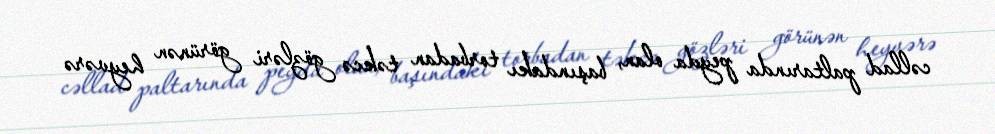
cəllad paltarında peyda olan, başındakı torbadan təkcə gözləri görünən heyvərə